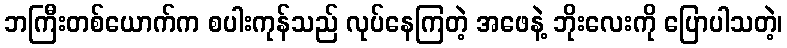
ဘကြီးတစ်ယောက်က စပါးကုန်သည် လုပ်နေကြတဲ့ အဖေနဲ့ ဘိုးလေးကို ပြောပါသတဲ့၊